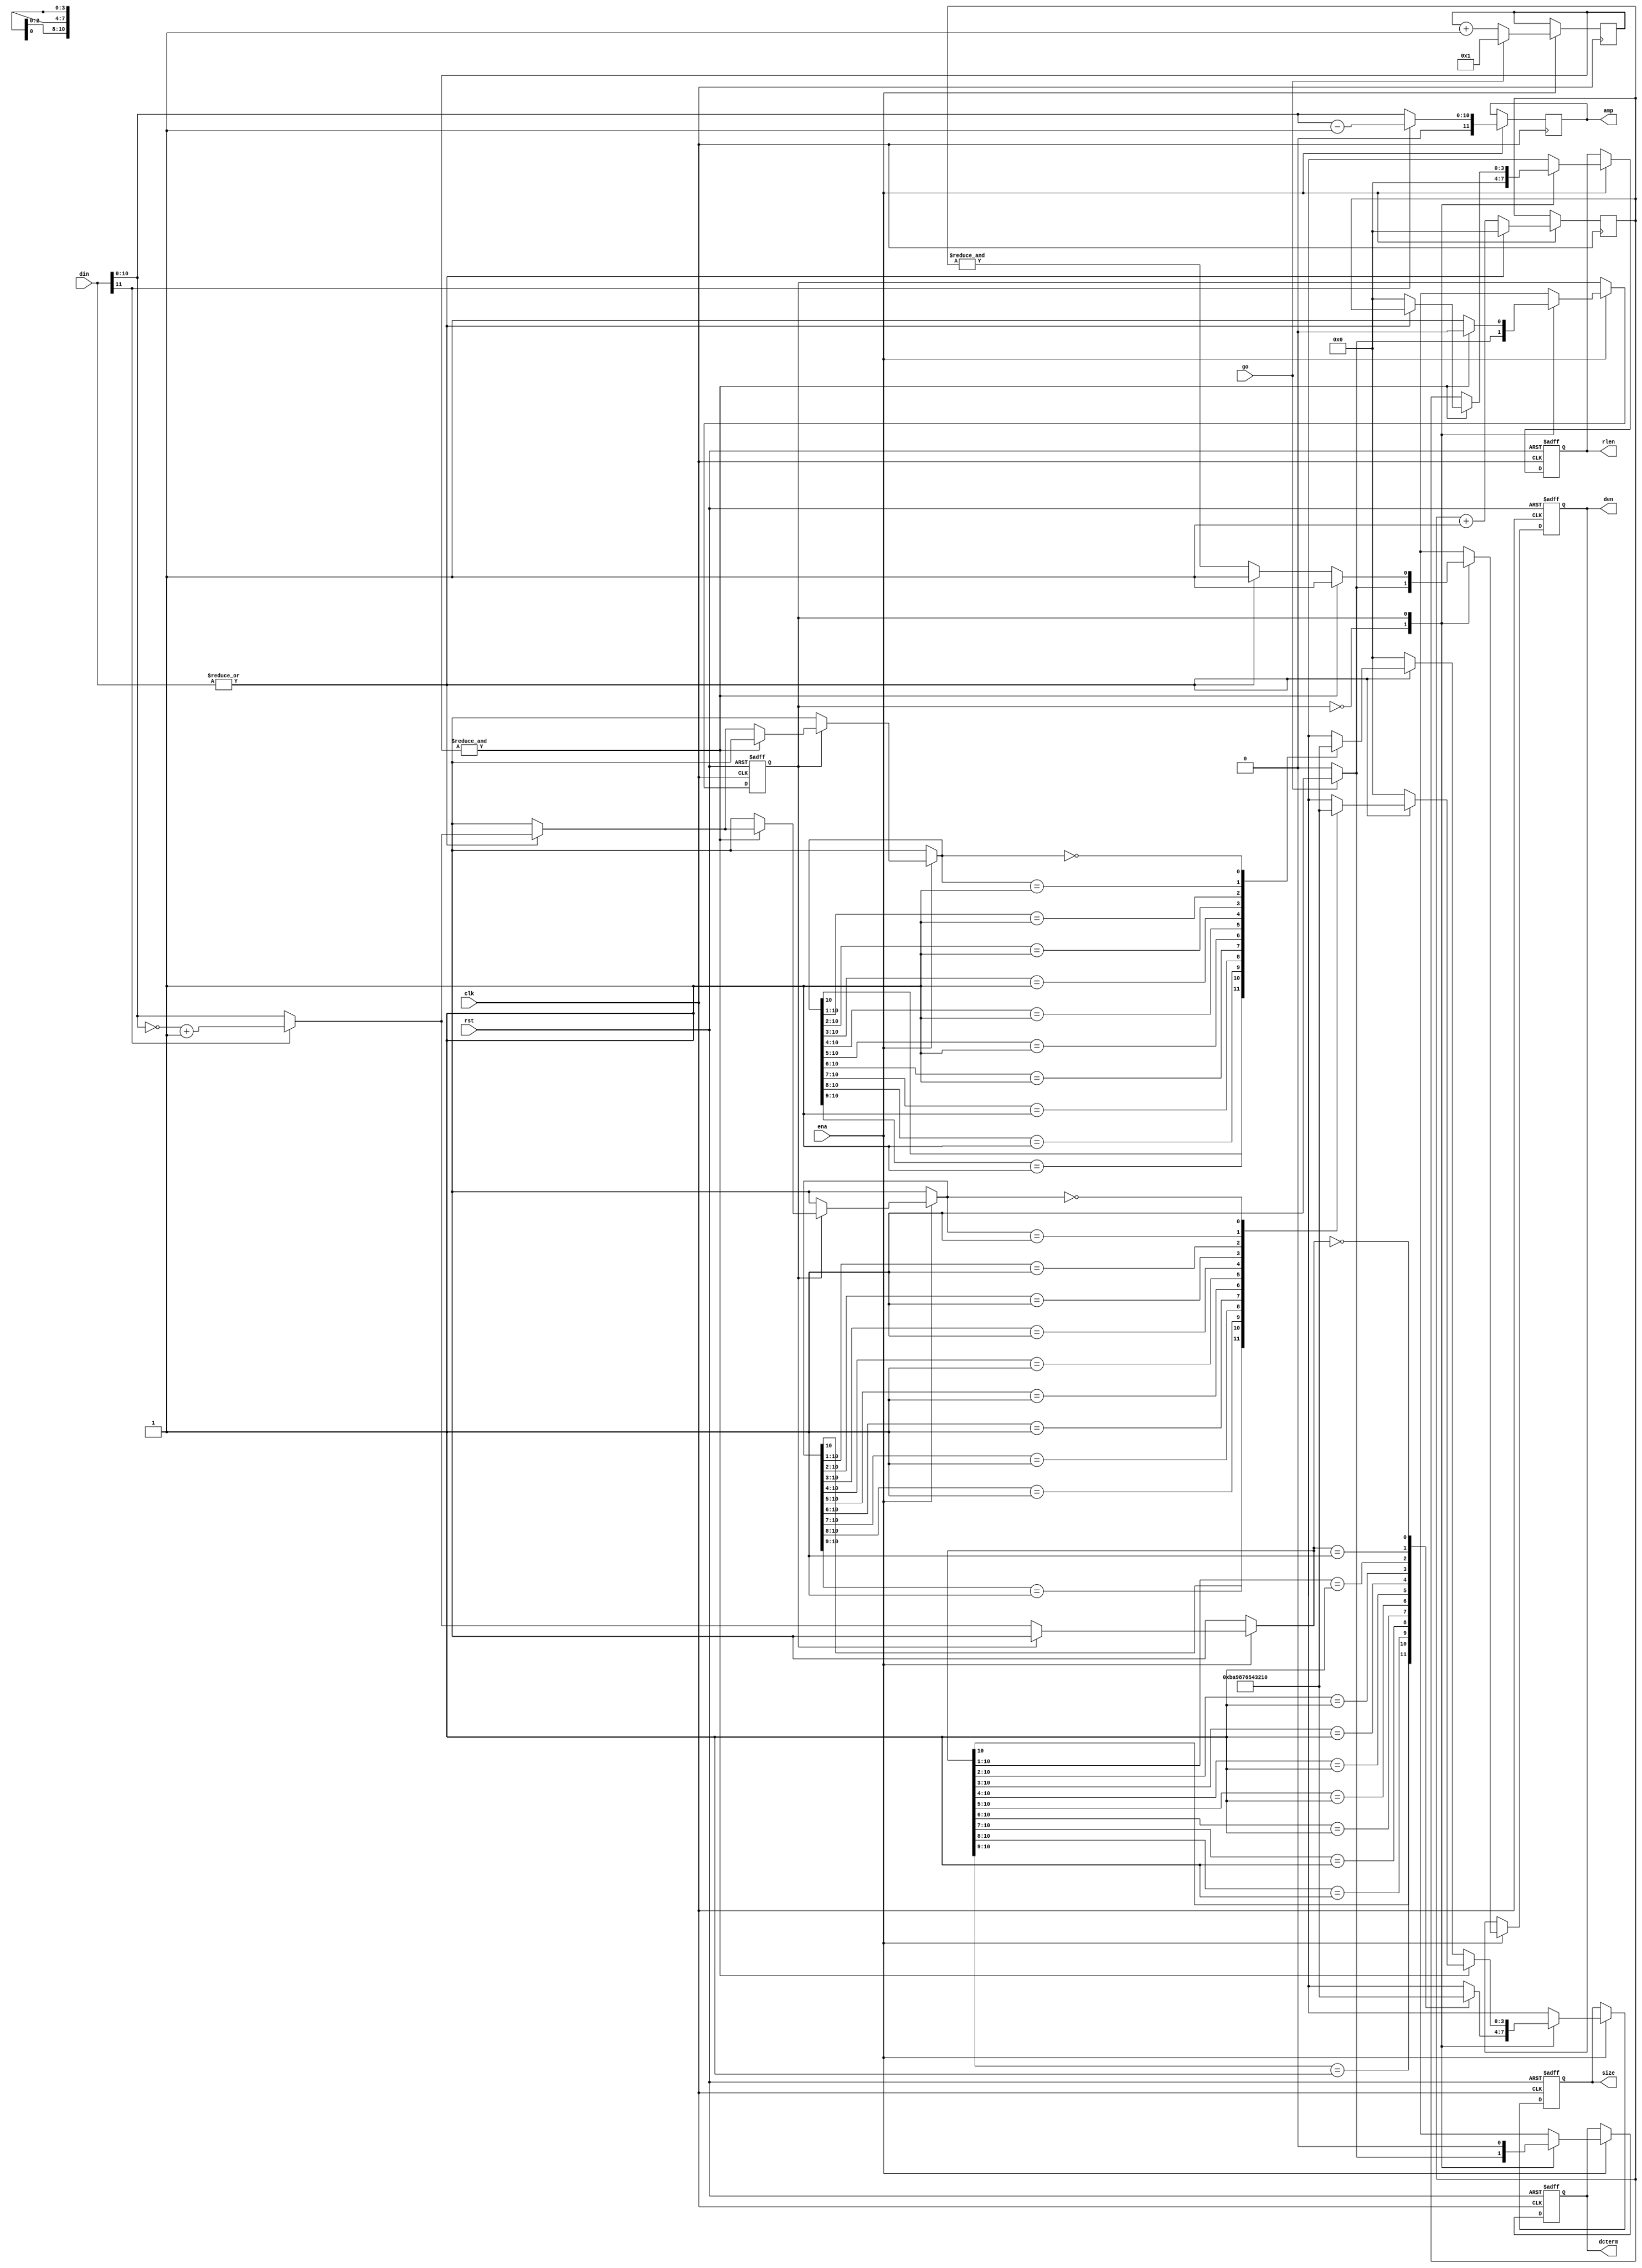
// This program was cloned from: https://github.com/siliconcompiler/scgallery
// License: Apache License 2.0

/////////////////////////////////////////////////////////////////////
////                                                             ////
////  JPEG Run-Length Encoder, intermediate results              ////
////                                                             ////
////  - Translate DC and AC coeff. into:                         ////
////  1) zero-run-length                                         ////
////  2) bit-size for amplitude                                  ////
////  3) amplitude                                               ////
////                                                             ////
////          richard@asics.ws                                   ////
////          www.asics.ws                                       ////
////                                                             ////
/////////////////////////////////////////////////////////////////////
////                                                             ////
//// Copyright (C) 2001 Richard Herveille                        ////
////                    richard@asics.ws                         ////
////                                                             ////
//// This source file may be used and distributed without        ////
//// restriction provided that this copyright statement is not   ////
//// removed from the file and that any derivative work contains ////
//// the original copyright notice and the associated disclaimer.////
////                                                             ////
////     THIS SOFTWARE IS PROVIDED ``AS IS'' AND WITHOUT ANY     ////
//// EXPRESS OR IMPLIED WARRANTIES, INCLUDING, BUT NOT LIMITED   ////
//// TO, THE IMPLIED WARRANTIES OF MERCHANTABILITY AND FITNESS   ////
//// FOR A PARTICULAR PURPOSE. IN NO EVENT SHALL THE AUTHOR      ////
//// OR CONTRIBUTORS BE LIABLE FOR ANY DIRECT, INDIRECT,         ////
//// INCIDENTAL, SPECIAL, EXEMPLARY, OR CONSEQUENTIAL DAMAGES    ////
//// (INCLUDING, BUT NOT LIMITED TO, PROCUREMENT OF SUBSTITUTE   ////
//// GOODS OR SERVICES; LOSS OF USE, DATA, OR PROFITS; OR        ////
//// BUSINESS INTERRUPTION) HOWEVER CAUSED AND ON ANY THEORY OF  ////
//// LIABILITY, WHETHER IN  CONTRACT, STRICT LIABILITY, OR TORT  ////
//// (INCLUDING NEGLIGENCE OR OTHERWISE) ARISING IN ANY WAY OUT  ////
//// OF THE USE OF THIS SOFTWARE, EVEN IF ADVISED OF THE         ////
//// POSSIBILITY OF SUCH DAMAGE.                                 ////
////                                                             ////
/////////////////////////////////////////////////////////////////////

//  CVS Log
//
//  $Id: jpeg_rle1.v,v 1.4 2002-10-31 12:53:39 rherveille Exp $
//
//  $Date: 2002-10-31 12:53:39 $
//  $Revision: 1.4 $
//  $Author: rherveille $
//  $Locker:  $
//  $State: Exp $
//
// Change History:
//               $Log: not supported by cvs2svn $
//               Revision 1.3  2002/10/23 18:58:54  rherveille
//               Fixed a bug in the zero-run (run-length-coder)
//
//               Revision 1.2  2002/10/23 09:07:04  rherveille
//               Improved many files.
//               Fixed some bugs in Run-Length-Encoder.
//               Removed dependency on ud_cnt and ro_cnt.
//               Started (Motion)JPEG hardware encoder project.
//

`ifdef SIMULATION
`include "timescale.v"
`endif

module jpeg_rle1(clk, rst, ena, go, din, rlen, size, amp, den, dcterm);

	//
	// parameters
	//

	//
	// inputs & outputs
	//
	input         clk;    // system clock
	input         rst;    // asynchronous reset
	input         ena;    // clock enable
	input         go;
	input  [11:0] din;    // data input

	output [ 3:0] rlen;   // run-length
	output [ 3:0] size;   // size (or category)
	output [11:0] amp;    // amplitude
	output        den;    // data output enable
	output        dcterm; // DC-term (start of new block)

	reg [ 3:0] rlen, size;
	reg [11:0] amp;
	reg        den, dcterm;

	//
	// variables
	//

	reg [5:0] sample_cnt;
	reg [3:0] zero_cnt;
	wire      is_zero;

	reg       state;
	parameter dc = 1'b0;
	parameter ac = 1'b1;

	//
	// module body
	//

	//
	// function declarations
	//

	// Function abs; absolute value
	function [10:0] abs;
	  input [11:0] a;
	begin
	  if (a[11])
	      abs = (~a[10:0]) +11'h1;
	  else
	      abs = a[10:0];
	end
	endfunction

	// Function cat, calculates category for Din
	function [3:0] cat;
	  input [11:0] a;
	  reg   [10:0] tmp;
	begin
	    // get absolute value
	    tmp = abs(a);

	    // determine category
	    (* full_case, parallel_case *) casex(tmp)
	      11'b1??_????_???? : cat = 4'hb; // 1024..2047
	      11'b01?_????_???? : cat = 4'ha; //  512..1023
	      11'b001_????_???? : cat = 4'h9; //  256.. 511
	      11'b000_1???_???? : cat = 4'h8; //  128.. 255
	      11'b000_01??_???? : cat = 4'h7; //   64.. 127
	      11'b000_001?_???? : cat = 4'h6; //   32..  63
	      11'b000_0001_???? : cat = 4'h5; //   16..  31
	      11'b000_0000_1??? : cat = 4'h4; //    8..  15
	      11'b000_0000_01?? : cat = 4'h3; //    4..   7
	      11'b000_0000_001? : cat = 4'h2; //    2..   3
	      11'b000_0000_0001 : cat = 4'h1; //    1
	      11'b000_0000_0000 : cat = 4'h0; //    0 (DC only)
	    endcase
	end
	endfunction


	// Function modamp, calculate additional bits per category
	function [10:0] rem;
	  input [11:0] a;
	  reg   [10:0] tmp, tmp_rem;
	begin
	    tmp_rem = a[11] ? (a[10:0] - 10'h1) : a[10:0];

	    if(0)
	    begin
	      // get absolute value
	      tmp = abs(a);

	      (* full_case, parallel_case *) casex(tmp)
	        11'b1??_????_???? : rem = tmp_rem & 11'b111_1111_1111;
	        11'b01?_????_???? : rem = tmp_rem & 11'b011_1111_1111;
	        11'b001_????_???? : rem = tmp_rem & 11'b001_1111_1111;
	        11'b000_1???_???? : rem = tmp_rem & 11'b000_1111_1111;
	        11'b000_01??_???? : rem = tmp_rem & 11'b000_0111_1111;
	        11'b000_001?_???? : rem = tmp_rem & 11'b000_0011_1111;
	        11'b000_0001_???? : rem = tmp_rem & 11'b000_0001_1111;
	        11'b000_0000_1??? : rem = tmp_rem & 11'b000_0000_1111;
	        11'b000_0000_01?? : rem = tmp_rem & 11'b000_0000_0111;
	        11'b000_0000_001? : rem = tmp_rem & 11'b000_0000_0011;
	        11'b000_0000_0001 : rem = tmp_rem & 11'b000_0000_0001;
	        11'b000_0000_0000 : rem = tmp_rem & 11'b000_0000_0000;
	      endcase
	    end
	    else
	      rem = tmp_rem;
	end
	endfunction

	// detect zero
	assign is_zero = ~|din;

	// assign dout
	always @(posedge clk)
	  if (ena)
	      amp <= #1 rem(din);

	// generate sample counter
	always @(posedge clk)
	  if (ena)
	      if (go)
	          sample_cnt <= #1 1; // count AC-terms, 'go=1' is sample-zero
	      else
	          sample_cnt <= #1 sample_cnt +1;

	// generate zero counter
	always @(posedge clk)
	  if (ena)
	      if (is_zero)
	          zero_cnt <= #1 zero_cnt +1;
	      else
	          zero_cnt <= #1 0;

	// statemachine, create intermediate results
	always @(posedge clk or negedge rst)
	  if(!rst)
	    begin
	        state  <= #1 dc;
	        rlen   <= #1 0;
	        size   <= #1 0;
	        den    <= #1 1'b0;
	        dcterm <= #1 1'b0;
	    end
	  else if (ena)
	    (* full_case, parallel_case *) case (state)
	      dc:
	        begin
	            rlen <= #1 0;
	            size <= #1 cat(din);

	            if(go)
	              begin
	                  state  <= #1 ac;
	                  den    <= #1 1'b1;
	                  dcterm <= #1 1'b1;
	              end
	            else
	              begin
	                  state  <= #1 dc;
	                  den    <= #1 1'b0;
	                  dcterm <= #1 1'b0;
	              end
	        end

	      ac:
	        if(&sample_cnt)   // finished current block
	           begin
	               state <= #1 dc;

	               if (is_zero) // last sample zero? send EOB
	                  begin
	                      rlen   <= #1 0;
	                      size   <= #1 0;
	                      den    <= #1 1'b1;
	                      dcterm <= #1 1'b0;
	                  end
	               else
	                  begin
	                      rlen <= #1 zero_cnt;
	                      size <= #1 cat(din);
	                      den  <= #1 1'b1;
	                      dcterm <= #1 1'b0;
	                  end
	           end
	        else
	           begin
	               state  <= #1 ac;

	               rlen   <= #1 zero_cnt;
	               dcterm <= #1 1'b0;

	               if (is_zero)
	                  begin
	                      size   <= #1 0;
	                      den    <= #1 &zero_cnt;
	                  end
	               else
	                  begin
	                      size <= #1 cat(din);
	                      den  <= #1 1'b1;
	                  end
	           end
	    endcase

endmodule